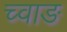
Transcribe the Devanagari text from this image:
च्वाङ